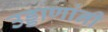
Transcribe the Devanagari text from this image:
उड्डाणांनी